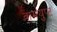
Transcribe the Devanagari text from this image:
वामयुप्ट